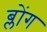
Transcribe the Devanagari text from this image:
ब्लोंग